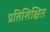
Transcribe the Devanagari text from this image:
प्रतिशिक्षित